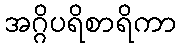
အဂ္ဂိပရိစာရိကာ